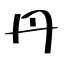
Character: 丹